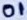
Text: 01